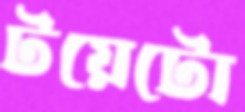
টয়েটো